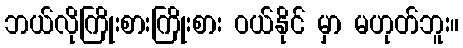
ဘယ်လိုကြိုးစားကြိုးစား ဝယ်နိုင် မှာ မဟုတ်ဘူး။